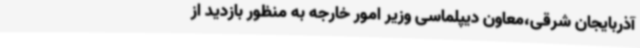
آذربایجان شرقی،معاون دیپلماسی وزیر امور خارجه به منظور بازدید از